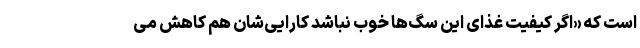
است که «اگر کیفیت غذای این سگ‌ها خوب نباشد کارایی‌شان هم کاهش می‌